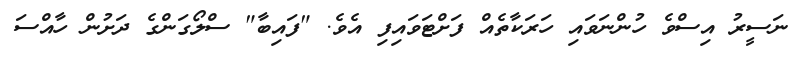
ނަސީރު އިސްވެ ހުންނަވައި ހަރަކާތެއް ފަށްޓަވައިފި އެވެ. "ފައިބާ" ސްލޯގަންގެ ދަށުން ހާއްސަ